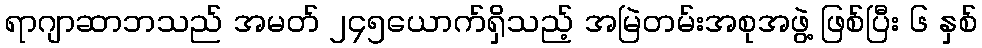
ရာဂျာဆာဘသည် အမတ် ၂၄၅ယောက်ရှိသည့် အမြဲတမ်းအစုအဖွဲ့ ဖြစ်ပြီး ၆ နှစ်